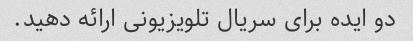
دو ایده برای سریال تلویزیونی ارائه دهید.